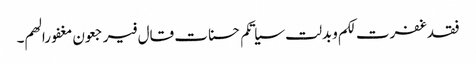
فقد غفرت لکم وبدلت سیاتکم حسنات قال فیرجعون مغفورا لھم۔